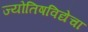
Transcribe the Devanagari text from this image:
ज्योतिषविद्येचा